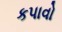
કપાવો